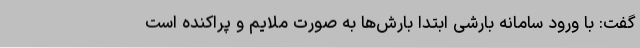
گفت: با ورود سامانه بارشی ابتدا بارش‌ها به صورت ملایم و پراکنده است